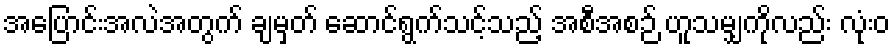
အပြောင်းအလဲအတွက် ချမှတ် ဆောင်ရွက်သင့်သည့် အစီအစဉ် ဟူသမျှကိုလည်း လုံးဝ